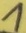
Text: 1